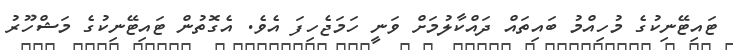
ޓައިޓޭނިކުގެ މުހިއްމު ބައިތައް ދައްކާލުމަށް ވަނީ ހަމަޖެހިފަ އެވެ. އެގޮތުން ޓައިޓޭނިކުގެ މަޝްހޫރު